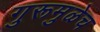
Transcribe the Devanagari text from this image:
गुरूमुळेच